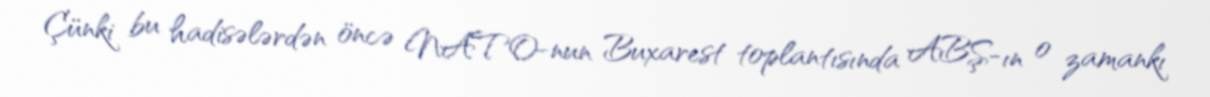
Çünki bu hadisələrdən öncə NATO-nun Buxarest toplantısında ABŞ-ın o zamankı